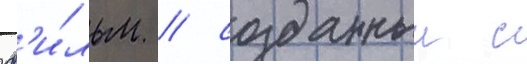
ф'и́льм / созданныи с